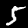
Digit: 5